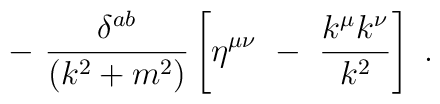
-~ \frac{\delta^{ab}}{(k^2+m^2)} \left[ \eta^{\mu\nu} ~-~ \frac{k^\mu k^\nu}{k^2} \right] ~.